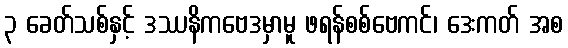
၃ ခေတ်သစ်နှင့် ဒဿနိကဗေဒမှာမူ ဖရန်စစ်ဗေကင်၊ ဒေးကတ် အစ